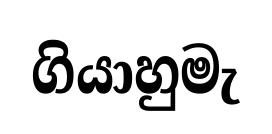
ගියාහුමැ